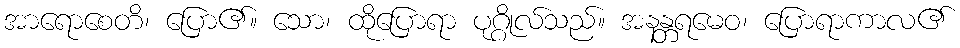
အာရောစေတိ၊ ပြော၏။ သော၊ ထိုပြောရာ ပုဂ္ဂိုလ်သည်။ အနန္တရမေဝ၊ ပြောရာကာလ၏